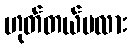
ဟုတ်တယ်မလား